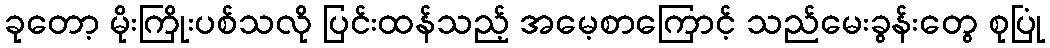
ခုတော့ မိုးကြိုးပစ်သလို ပြင်းထန်သည့် အမေ့စာကြောင့် သည်မေးခွန်းတွေ စုပြုံ